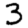
Digit: 3